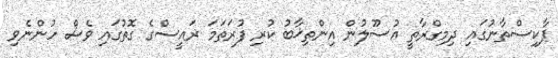
ޕާކިސްތާނުގައި ދިމިގްރާތީ އުސޫލުން އިންތިޚާބު ކުރި ފުރަތަމަ ރައީސްގެ ގޮތުގައި ވެސް ހުންނެވި